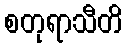
စတုရာသီတိ